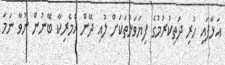
އަޅާފައި ހުރި ދަތިކުރުމުގެ ފިޔަވަޅުތަކަށް ލުއި ދޭން އެމެރިކާ ބޭނުން ނުވާ ނަމަ